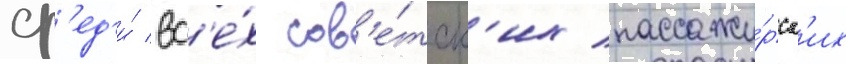
ср'ед'и́ вс'е́х сов'е́тск'их пассажи́рск'их